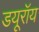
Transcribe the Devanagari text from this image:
डयूरॉय